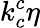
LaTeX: k_{c}^{c}\eta